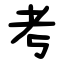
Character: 考